Scottish Certificate of Education, 1962
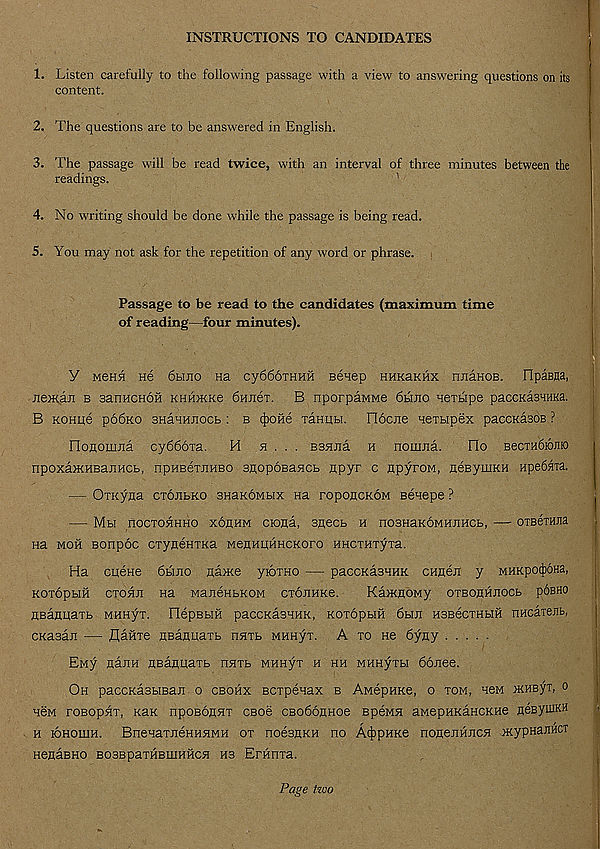
INSTRUCTIONS TO CANDIDATES
1. Listen carefully to the following passage with a view to answering questions on its
content.
‘ , '
;
• •'
2. The questions are to be answered in English.
3. The passage will be read twice, with an interval of three minutes between the
readings.
4. No writing should be done while the passage is being read.
5. You may not ask for the repetition of any word or phrase.
Passage to be read to the candidates (maximum time
of reading—four minutes).
Y M6HH He dbino Ha cy666THHH eenep HHKaKHX nrraHOB. FIpaBna,
JiejKaji b aanHCHOH KHH>KKe dHJiet. B nporpaMwe 6hino nerbipe paccKasHMa.
B KOHue p66ko sHaHHJiocb: b ^ofie Tanubi. Flocne Hexbipex paccnaBOB ?
noflomna cy666ia.
H h . . . BBHjra h nouuia.
Flo BecrabioJiio
npoxaxtHBajiHCb, npHBCTJiHBO BgopoBaHCb apyr c apyroM, aeByiiiKH Hpebata.
— OTKyna ctojibko BnaKOMbix na roponcKOM Beaepe ?
MbI nOCTOHHHO XOAHM CK)Ra, BfleCb H HOBHaKOMHJlHCb,
OTBeTHJia
na moh Bonpoc CTyneHTKa MeAHUHHCKoro HHCTHTyxa.
Ha cuene 6biJio Aa>Ke yioxHO — paccKasHHK cHAen y MHKpo#Ha,
KOXOpblH CXOHJT Ha MaJIGHbROM CXOJIHRe.
Ka>KAOMy OXBOAHJIOCb pOBHO
AsaAuaxb MHHyx. HepBbiH paccKasHHK, Koxopbin 6bui HBBecxHbiH nHcaxejib,
CKasan — flafixe ABaAuaxb nnxb MHHyx. A xo He 6yay
Eny AanH ABaauaxb nnxb MHHyx h hh MHHyxbi donee.
Oh paccKasbiBan o cbohx Bcxpenax b AMepHKe, o xom, hbm >KHByT, o
H6M roBopnx, Kax nposoAHx cBoe cBodoAHoe BpeMH aMepHKaHCKHe AesyuiKH
h lOHomH. BnenaxjieHHHMH ox noeBAKH no A^pHKe noAenniicH wypHanHCT
HeAaBHO BOBBpaxHBiuHHCH H3 ErHnxa.
Page two